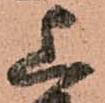
上